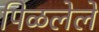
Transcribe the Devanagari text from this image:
पिळलेले